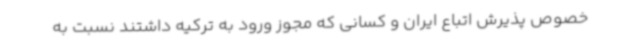
خصوص پذیرش اتباع ایران و کسانی که مجوز ورود به ترکیه داشتند نسبت به